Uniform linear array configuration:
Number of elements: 64
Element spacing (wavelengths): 0.5
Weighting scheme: kaiser
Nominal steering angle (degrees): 30
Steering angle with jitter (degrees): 28.251
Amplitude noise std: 0.05
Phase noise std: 0.05

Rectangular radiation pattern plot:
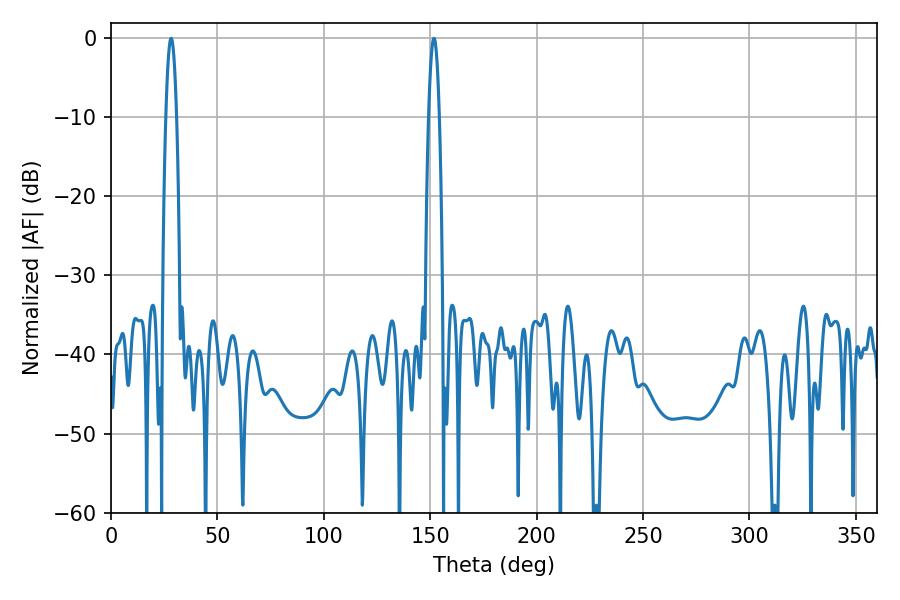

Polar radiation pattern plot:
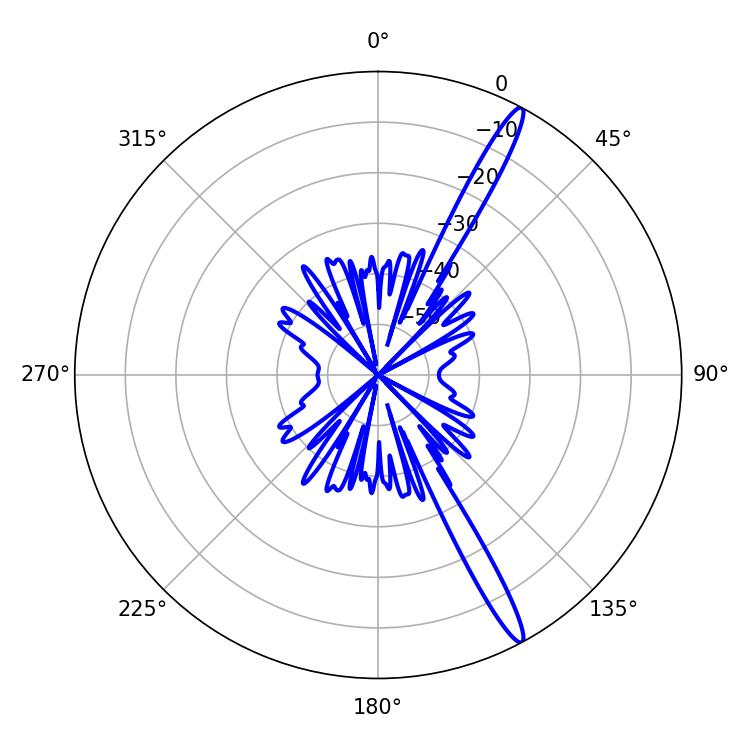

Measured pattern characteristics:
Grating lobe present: FALSE
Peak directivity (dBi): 16.019
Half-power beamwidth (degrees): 2.88
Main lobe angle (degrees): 151.74